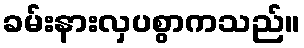
ခမ်းနားလှပစွာကသည်။